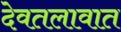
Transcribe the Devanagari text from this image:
देवतलावात